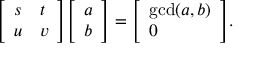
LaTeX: { \left[ \begin{array} { l l } { s } & { t } \\ { u } & { v } \end{array} \right] } { \left[ \begin{array} { l } { a } \\ { b } \end{array} \right] } = { \left[ \begin{array} { l } { \operatorname* { g c d } ( a , b ) } \\ { 0 } \end{array} \right] } .